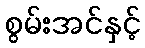
စွမ်းအင်နှင့်